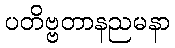
ပတိဗ္ဗတာနညမနာ